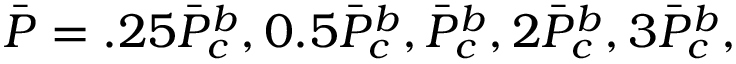
\Bar { P } = . 2 5 \Bar { P } _ { c } ^ { b } , 0 . 5 \Bar { P } _ { c } ^ { b } , \Bar { P } _ { c } ^ { b } , 2 \Bar { P } _ { c } ^ { b } , 3 \Bar { P } _ { c } ^ { b } ,